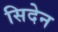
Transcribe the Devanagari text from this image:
सिदेन